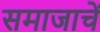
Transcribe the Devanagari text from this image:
समाजाचें